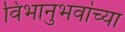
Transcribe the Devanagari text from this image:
विभानुभवांच्या